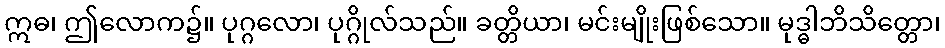
ဣဓ၊ ဤလောက၌။ ပုဂ္ဂလော၊ ပုဂ္ဂိုလ်သည်။ ခတ္တိယာ၊ မင်းမျိုးဖြစ်သော။ မုဒ္ဓါဘိသိတ္တော၊